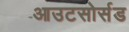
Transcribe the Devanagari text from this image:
आउटसोर्सड